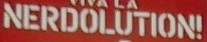
NERDOLUTION!